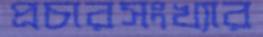
প্রচারসংখ্যার